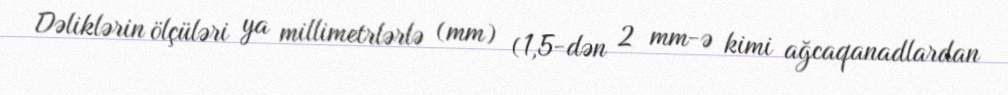
Dəliklərin ölçüləri ya millimetrlərlə (mm) (1,5-dən 2 mm-ə kimi ağcaqanadlardan